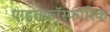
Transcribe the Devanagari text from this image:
पाइरोफॉस्फोरिक